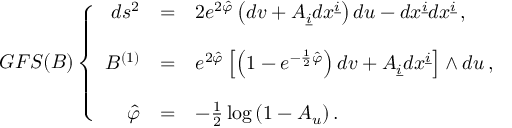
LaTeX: G F S ( B ) \left\{ \begin{array} { r c l } { { d s ^ { 2 } } } & { { = } } & { { 2 e ^ { 2 \hat { \varphi } } \left( d v + { \cal A } _ { \underline { { { i } } } } d x ^ { \underline { { { i } } } } \right) d u - d x ^ { \underline { { { i } } } } d x ^ { \underline { { { i } } } } \, , } } \\ { { } } & { { } } & { { } } \\ { { { \cal { B } } ^ { ( 1 ) } } } & { { = } } & { { e ^ { 2 \hat { \varphi } } \left[ \left( 1 - e ^ { - \frac { 1 } { 2 } \hat { \varphi } } \right) d v + { \cal A } _ { \underline { { { i } } } } d x ^ { \underline { { { i } } } } \right] \wedge d u \, , } } \\ { { } } & { { } } & { { } } \\ { { \hat { \varphi } } } & { { = } } & { { - \frac { 1 } { 2 } \log { ( 1 - { \cal A } _ { u } ) } \, . } } \end{array} \right.